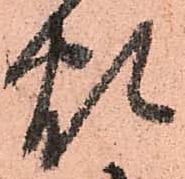
煩